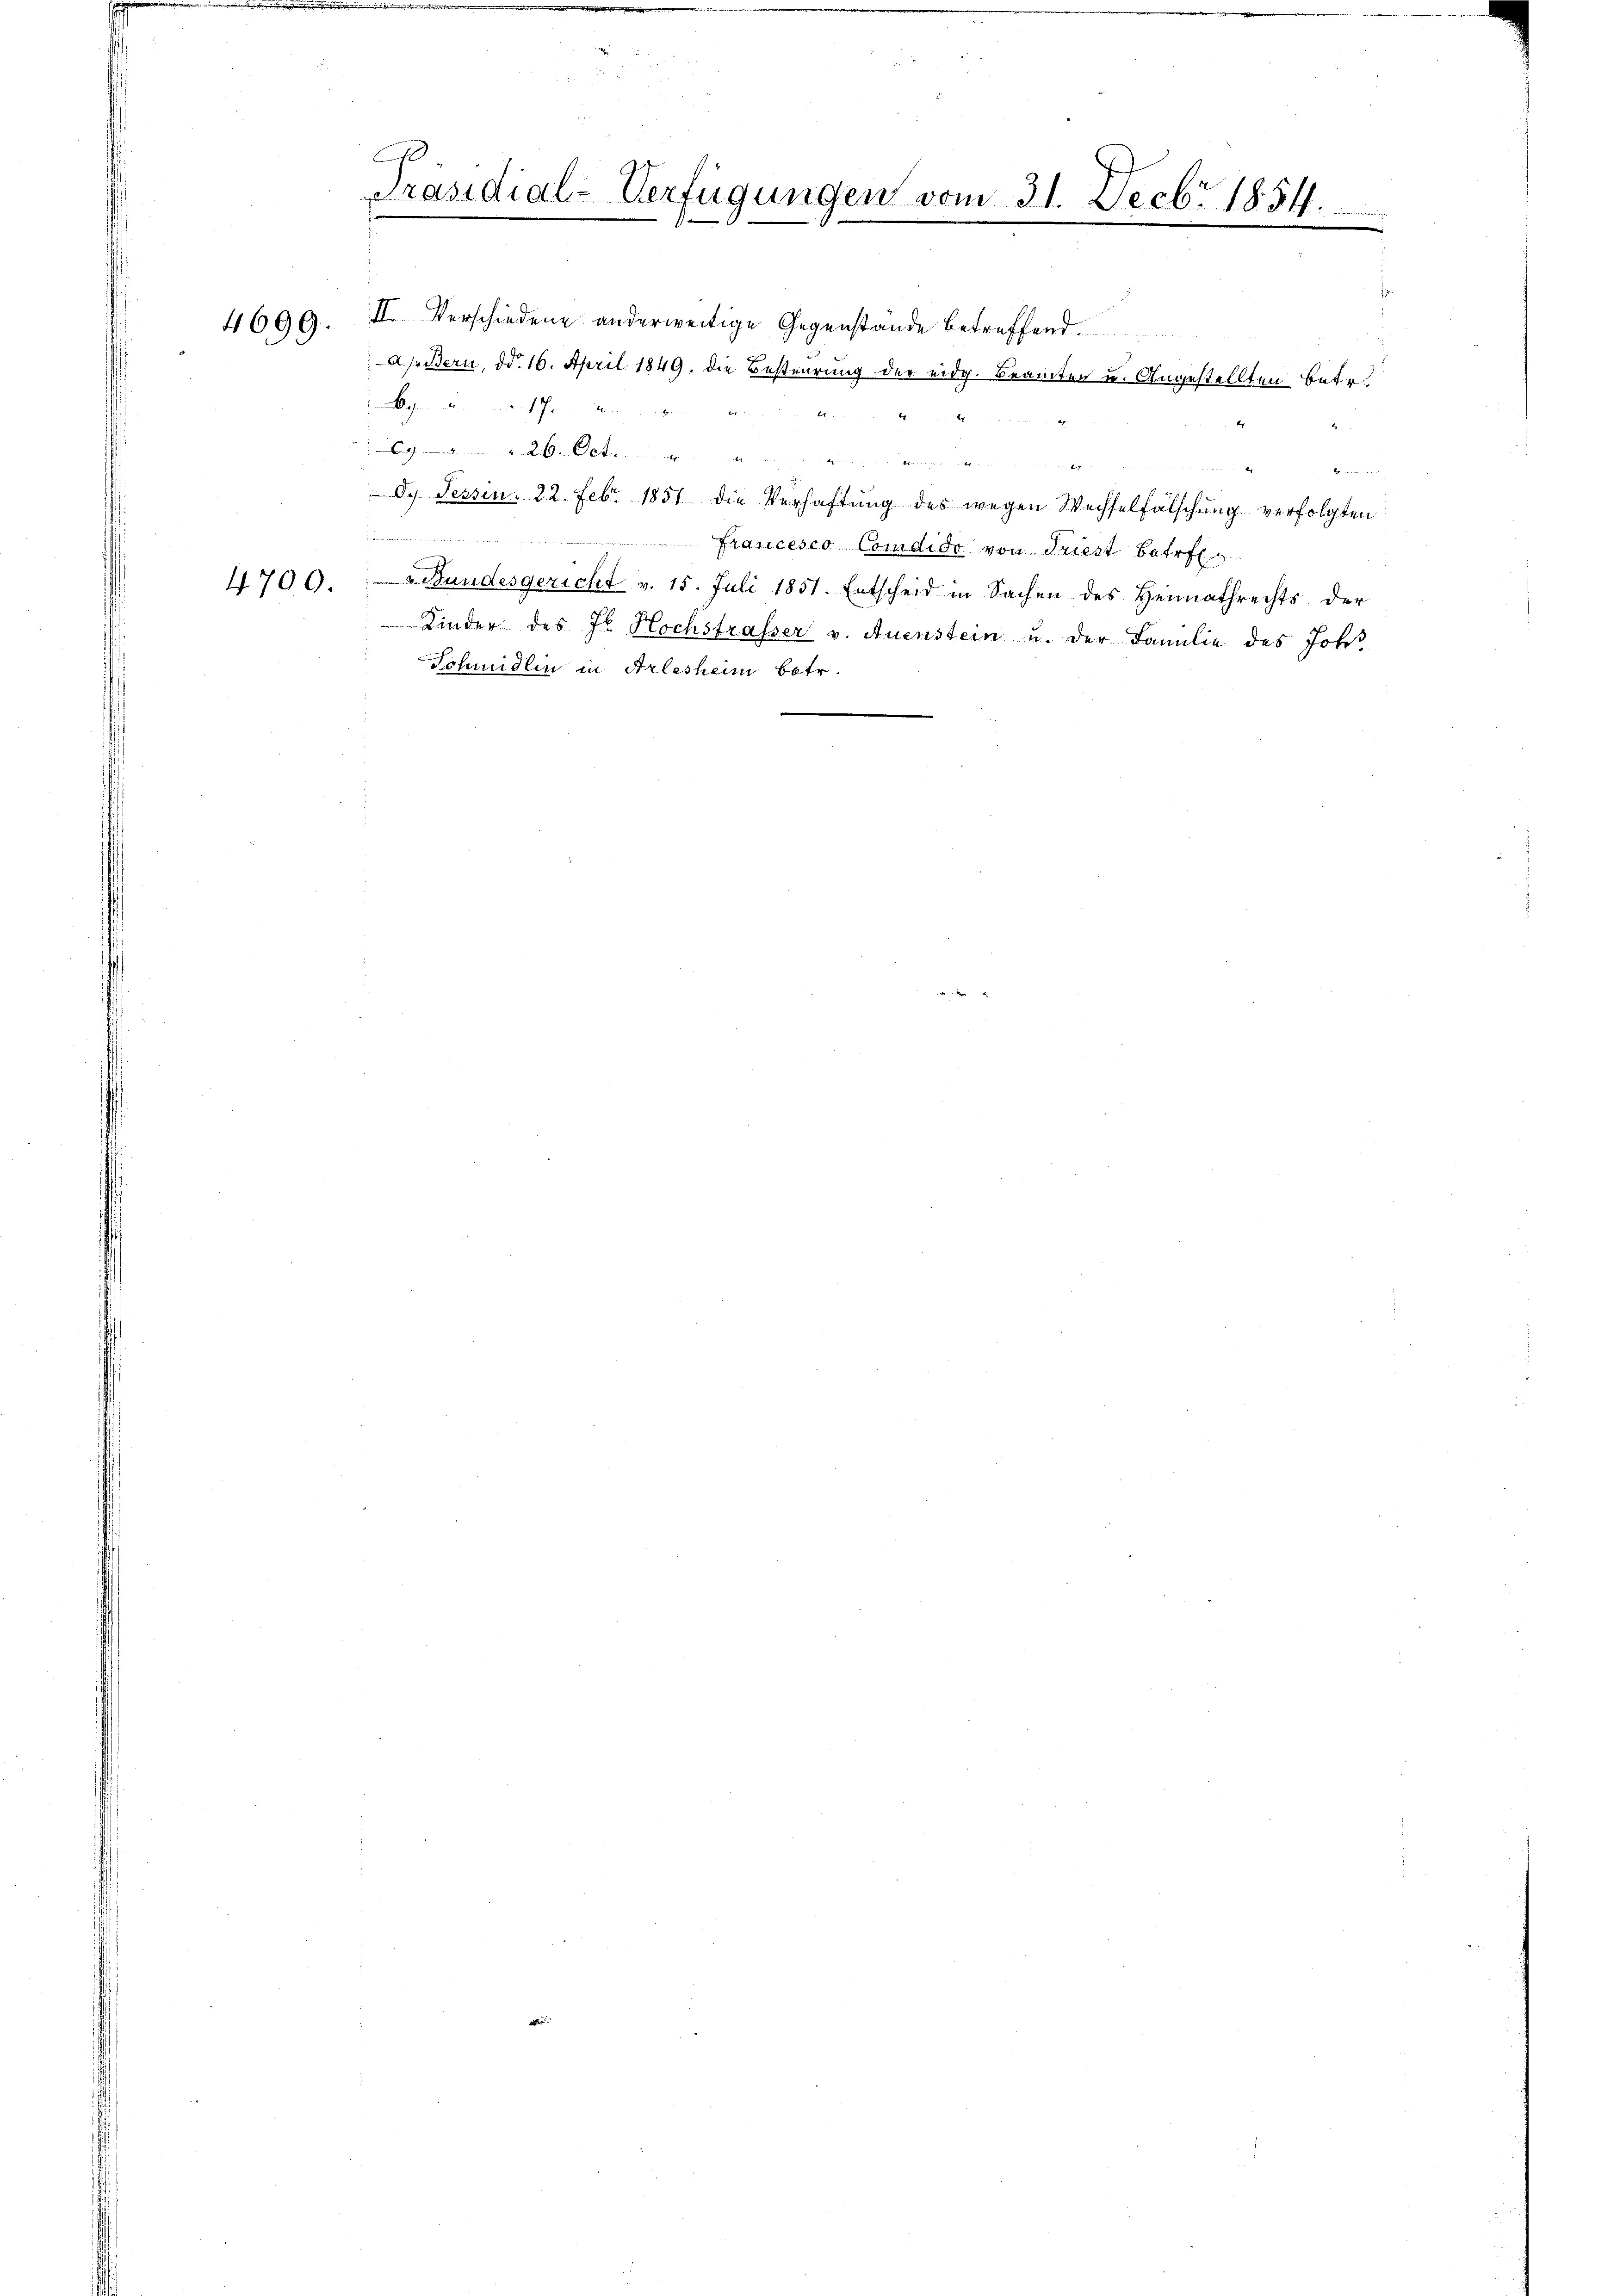
4699.

4700.

Präsidial-Verfügungen vom 31. Decbr. 1854.
.
e

II. Verschiedene anderweitige Gegenstände betreffend
a s. Bern, d. 16. April 1849. die Besteurung der eidg. Beamten u. Angestellten Betr.
ohen als in ander Er in denen
21
E
g
u
dg. Tessin. 22. Febr. 1851 die Verhaftung des wegen Wechselfälschŭng verfolgten
e
Francesco Comdido von Friest betref
v. Bundesgericht v. 15. Juli 1851. Entscheid in Sachen des Heimathrechts der
Kinder des J. Hochstrasser v. Auenstein u. der Familie des Joha
Schmidlin in Arlesheim betr.